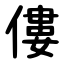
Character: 僂